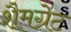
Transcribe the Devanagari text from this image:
शैमग्रेट